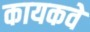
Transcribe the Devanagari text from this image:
कायकवे